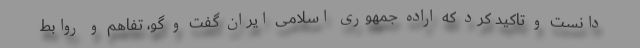
دانست و تاکید کرد که اراده جمهوری اسلامی ایران گفت و گو، تفاهم و روابط